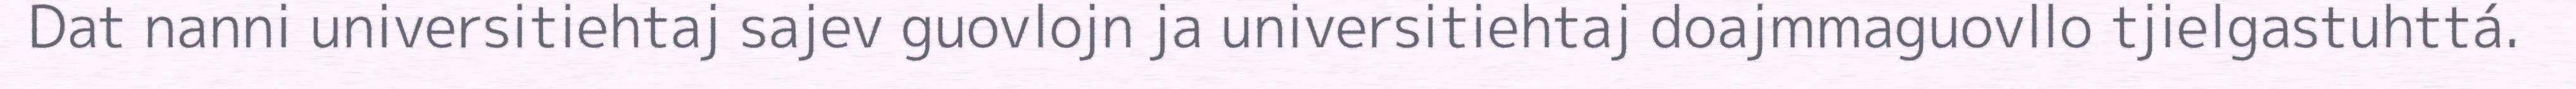
Dat nanni universitiehtaj sajev guovlojn ja universitiehtaj doajmmaguovllo tjielgastuhttá.